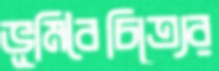
ভূমিবৈচিত্র্যের